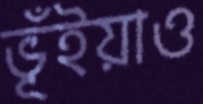
ভূঁইয়াও